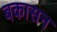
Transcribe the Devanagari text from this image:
बकासन